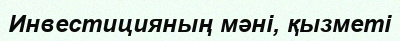
Инвестицияның мәні, қызметі